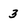
Character: 3